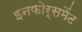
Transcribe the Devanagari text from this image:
इनफोर्समेंट